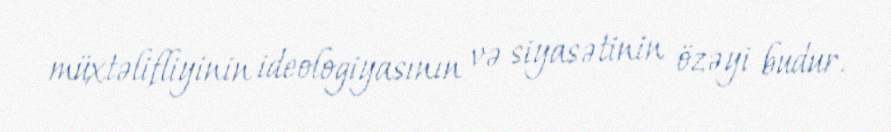
müxtəlifliyinin ideologiyasının və siyasətinin özəyi budur.